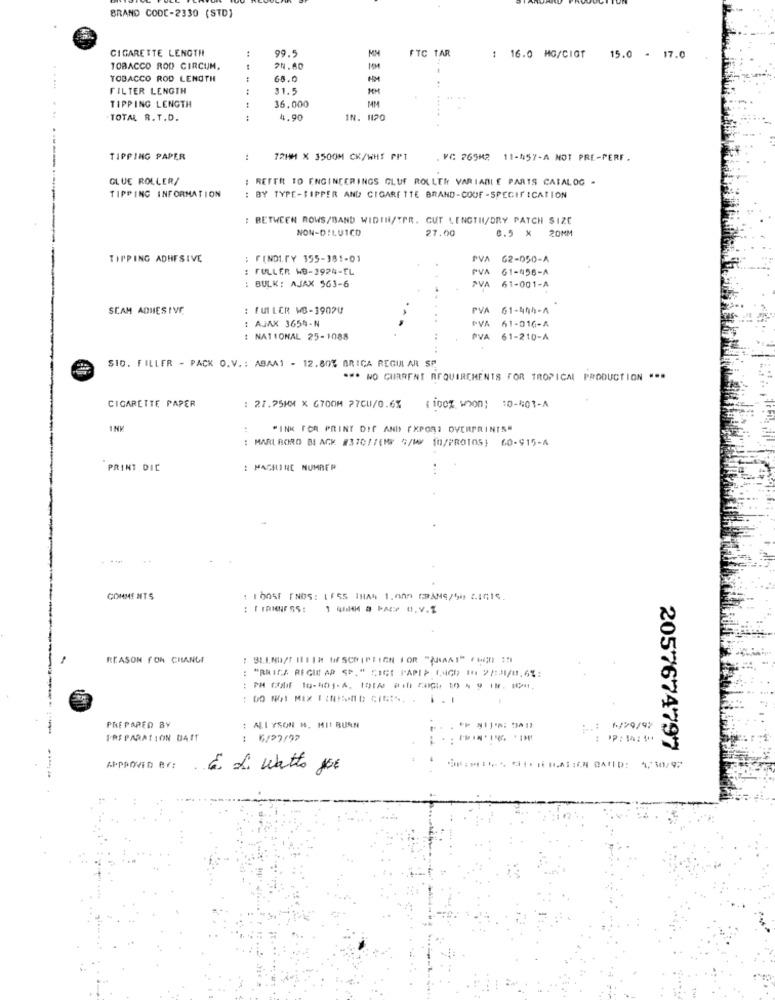
BRAND CODE-2330 (STD)
CIGARETTE LENGTH
99.
FTC TAR
MM
: 16.0 MG/CIGT
15.0 - 17.0
TOBACCO ROD CIRCUM,
24.60
TOBACCO ROD LENGTH
68.0
-
.....
FILTER LENGTH
:
11.5
TIPPING LENGTH
36,000
...
.TOTAL R. T.D.
4.90
IN. 1120
TIPPING PAPER
:
72HH X 3500M CK/WHI PPT
. VC 265M2 11-457-A NOT PRE-PERF.
GLUE ROLLER/
REFER TO ENGINEERINGS GLUF ROLLER VARIABLE PARTS CATALOG -
TIPPING INFORMATION
BY TYPE-SIPPER AND CIGARETTE BRAND-COUF -SPECIFICATION
: BETWEEN ROWS/BAND WIDTH/TPR. CUT LENGTH/DRY PATCH SIZE
NON-DILUICD
27.00
0.5 × 20MM
TIPPING ADHESIVE
: FINDI. FY 155-381-01
PVA
62-050-A
: FULLER WB-3924-EL
PVA
61-456-A
: BULK: AJAX 563-6
PVA
PVA 61-001-A
SCAM ADHESIVE
: fUILER WB-39020
PVA 61-404-4
PVA
: AJAX 3654-N
PVA 61-016-A
IVA
: NATIONAL 25-1088
PVA 61-210-A
.. ..
SID. FILLER - PACK O.V .: ABAA1 - 12.80% ARICA REGULAR SP
*** WO CURRENT REQUIREMENTS FOR TROPICAL PRODUCTION ***
CIGARETTE PAPER
: 27.75MM X 6700M 27CU/0.6%
( 100% woon; 10-401-A
INK
"INK FOR PRINT DIE AND (XPOR] OVERPRINTS"
: MARLBORO BI ACK #370/7(MY "/W 10/PROIOS) 60-915-A
PRINT DIC
: MACHINE NUMBER
COMMENTS
: 1 005F FNOS: LESS INIAN 1.000 GRAMS/50 51515.
: | FRIGHF SS :
REASON FOR CHANGE
: "RMICA REGIR AP SP." CICI PAPIP (,4GR) 1 2/31/01.6%:
44
PREPARED BY
: ALLYSON M. MII BURN
PREPARATION DAIT
1
16/07/97
2057674797
6. L. Watts 10€
****........ IN BATID: 4,30/92